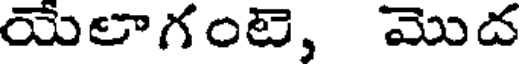
యేలాగంటె, మొద